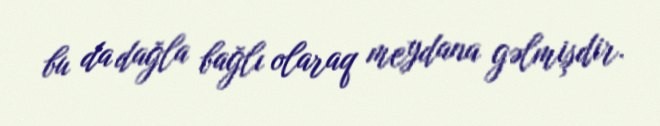
bu da dağla bağlı olaraq meydana gəlmişdir.